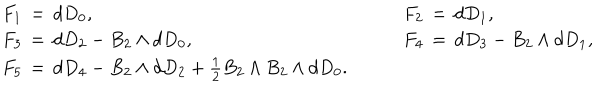
LaTeX: \begin{array} { l c l } { { F _ { 1 } \, = \, d D _ { 0 } , } } & { { \quad } } & { { F _ { 2 } \, = \, d D _ { 1 } , } } \\ { { F _ { 3 } \, = \, d D _ { 2 } - B _ { 2 } \wedge d D _ { 0 } , } } & { { } } & { { F _ { 4 } \, = \, d D _ { 3 } - B _ { 2 } \wedge d D _ { 1 } , } } \\ { { F _ { 5 } \, = \, d D _ { 4 } - B _ { 2 } \wedge d D _ { 2 } + { \frac { 1 } { 2 } } B _ { 2 } \wedge B _ { 2 } \wedge d D _ { 0 } . } } & { { } } & { { ~ } } \\ \end{array}